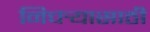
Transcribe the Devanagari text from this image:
निचर्‍यासाठी